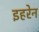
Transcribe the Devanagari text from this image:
इहरेन